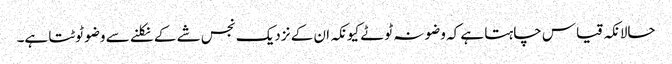
حالانکہ قیاس چاہتا ہے کہ وضو نہ ٹوٹے کیونکہ ان کے نزدیک نجس شے کے نکلنے سے وضو ٹوٹتا ہے۔